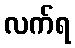
လက်ရ